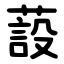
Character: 蔎